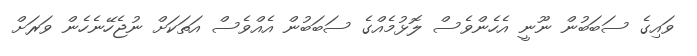
ވައިގެ ސަބަބުން ނޫނީ އެހެންވެސް ލޮޅުމެއްގެ ސަބަބުން އެއްވެސް އަތަކަށް ނުޖެހޭނެހެން ވަރަށް